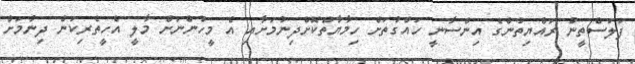
ފަލަސްތީނު ރައްޔިތުންގެ އިންސާނީ ހައްގުތަށް ހިމާޔާތްކޮށްދިނުމަށާއި އެ މީހުންނަށް މާލީ އެހީތެރިކަން ދިނުމަށް